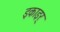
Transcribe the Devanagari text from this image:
इकाइर्